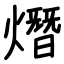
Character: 熸